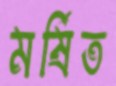
মর্ষিত